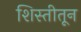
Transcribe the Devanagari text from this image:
शिस्तीतून